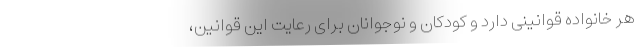
هر خانواده قوانینی دارد و کودکان و نوجوانان برای رعایت این قوانین،